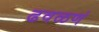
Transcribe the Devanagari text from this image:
ढवळणं